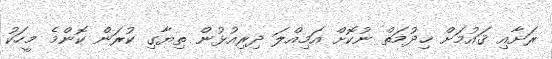
ރަށާއި ޤައުމަށް ޚިދުމަތް ނުކޮށް އަމިއްލަ ދިރިއުޅުން ތިޔާގި ކުރަން ކޮންމެ މީހަކު